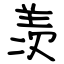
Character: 羡